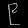
Digit: ၉